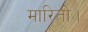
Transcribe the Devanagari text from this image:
मारिती।